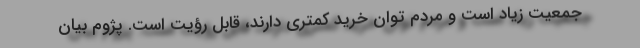
جمعیت زیاد است و مردم توان خرید کمتری دارند، قابل رؤیت است. پژوم بیان